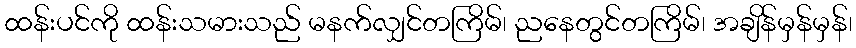
ထန်းပင်ကို ထန်းသမားသည် မနက်လျှင်တကြိမ်၊ ညနေတွင်တကြိမ်၊ အချိန်မှန်မှန်၊